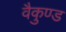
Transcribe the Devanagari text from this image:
वैकुण्ड